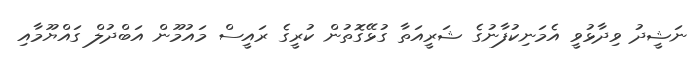
ނަޝީދު ވިދާޅުވީ އެމަނިކުފާނުގެ ޝަރީއަތާ ގުޅޭގޮތުން ކުރީގެ ރައީސް މައުމޫން އަބްދުލް ގައްޔޫމާއި